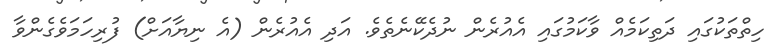
ހިތްތަކުގައި ދަތިކަމެއް ވާކަމުގައި އެއުރެން ނުދެކޭނެތެވެ. އަދި އެއުރެން (އެ ނިޔާއަށް) ފުރިހަމަވެގެންވާ